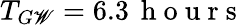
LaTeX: T_{G\mathscr{W}}=6.3\, \mathrm{{~h~o~u~r~s~}}